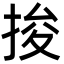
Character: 捘